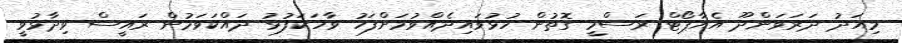
މިއަދު ދަރަވަންދޫ އެއާޕޯޓް ރަސްމީ ގޮތުން ހުޅުވައިދެއްވުމަށްފަހު ވާހަކަފުޅު ދައްކަވަމުން ރައީސް ވިދާޅުވީ